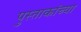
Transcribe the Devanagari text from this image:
पुस्ताकांच्या